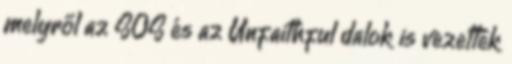
melyről az SOS és az Unfaithful dalok is vezették